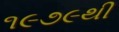
૧૯૭૯થી